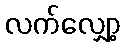
လက်လျှော့